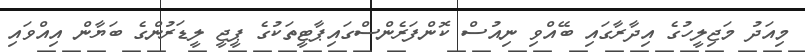
މިއަދު މަޖިލީހުގެ އިދާރާގައި ބޭއްވި ނިއުސް ކޮންފަރެންސްގައިޕާޓީތަކުގެ ޕީޖީ ލީޑަރުންގެ ބަޔާން އިއްވައި